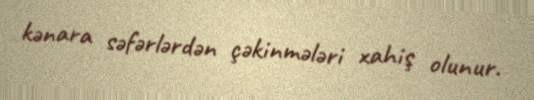
kənara səfərlərdən çəkinmələri xahiş olunur.